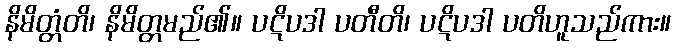
နိမိတ္တံတိ၊ နိမိတ္တမည်၏။ ပဋိပဒါ ပတီတိ၊ ပဋိပဒါ ပတိဟူသည်ကား။